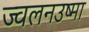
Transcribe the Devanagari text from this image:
ज्वलनउष्मा